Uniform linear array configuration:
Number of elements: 8
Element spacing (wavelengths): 1
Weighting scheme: hann
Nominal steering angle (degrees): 45
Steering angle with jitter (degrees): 43.838
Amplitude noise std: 0.05
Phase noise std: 0.05

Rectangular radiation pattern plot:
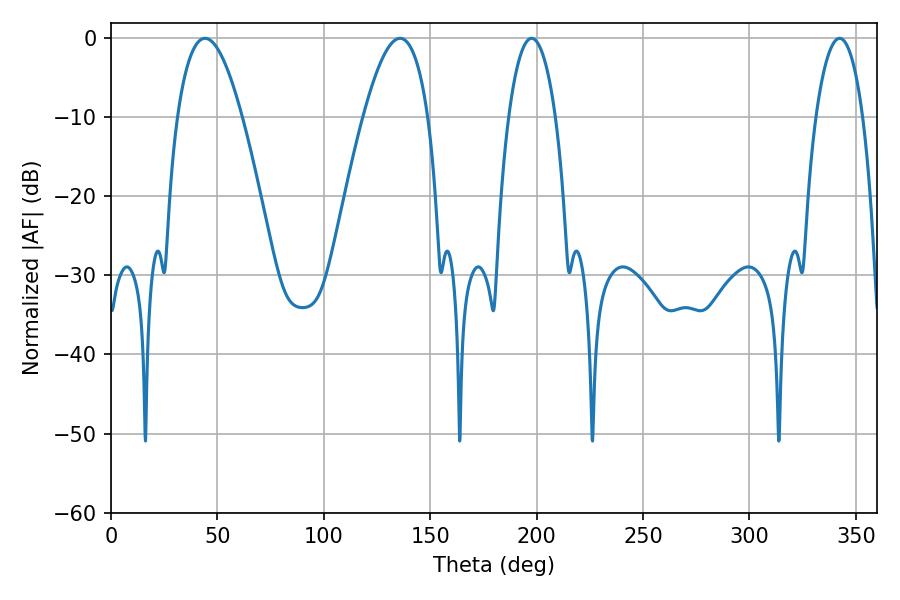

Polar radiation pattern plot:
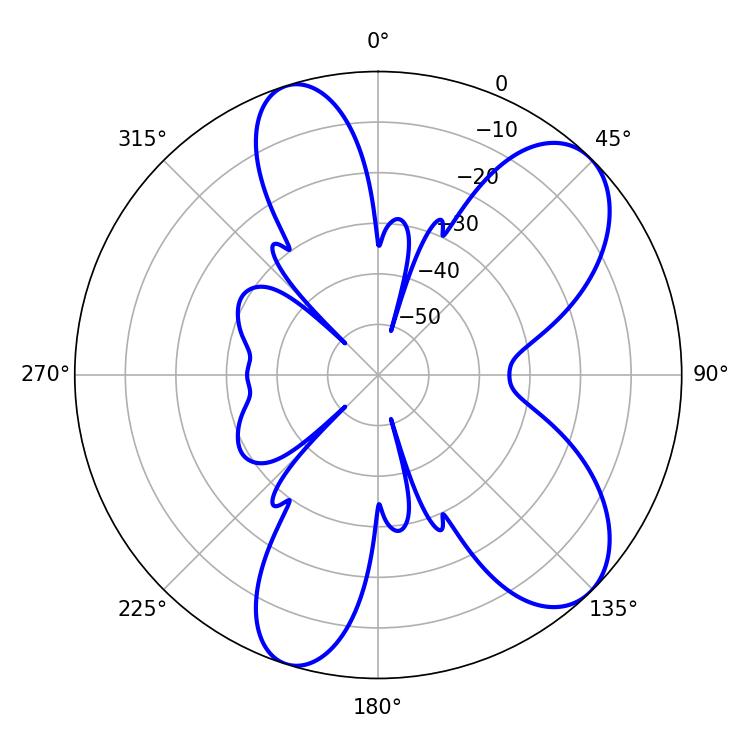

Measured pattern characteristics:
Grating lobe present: TRUE
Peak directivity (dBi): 8.184
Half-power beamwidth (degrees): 12.42
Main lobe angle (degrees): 197.64